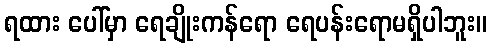
ရထား ပေါ်မှာ ရေချိုးကန်ရော ရေပန်းရောမရှိပါဘူး။